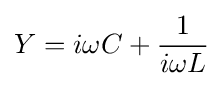
Y=i\omega C+{\frac {1}{i\omega L}}